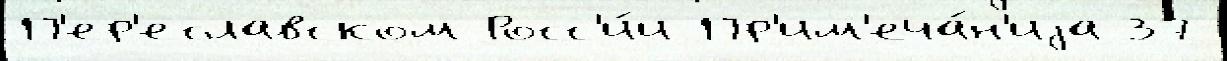
П'ер'еславском Росс'и́и Пр'им'еча́н'иjа 37